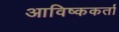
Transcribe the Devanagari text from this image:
आविष्ककर्ता